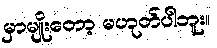
မှာမျိုးတော့ မဟုတ်ပါဘူး။